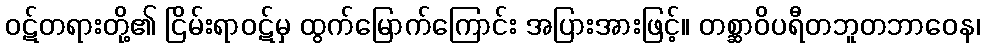
ဝဋ်တရားတို့၏ ငြိမ်းရာဝဋ်မှ ထွက်မြောက်ကြောင်း အပြားအားဖြင့်။ တစ္ဆာဝိပရီတဘူတဘာဝေန၊